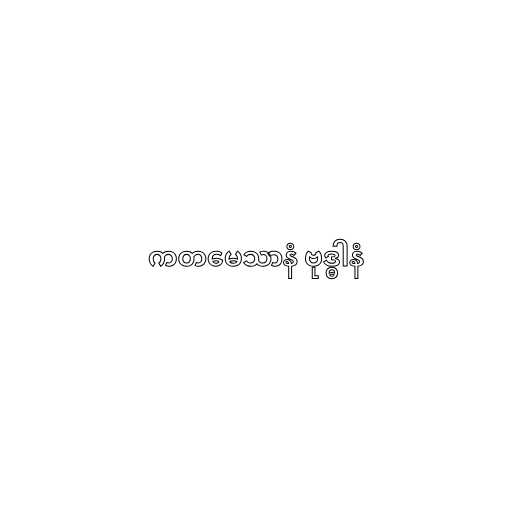
ကတမေသာနံ ဗုဒ္ဓါနံ